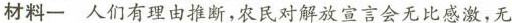
材料一人们有理由推断，农民对解放宣言会无比感激，无